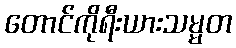
တောင်ကိုရီးယားသမ္မတ